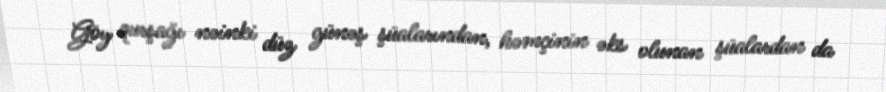
Göy qurşağı nəinki düz günəş şüalarından, həmçinin əks olunan şüalardan da